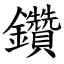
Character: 鑽